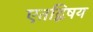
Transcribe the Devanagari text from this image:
एतद्विषय